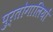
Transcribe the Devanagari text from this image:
पुर्तोगालियों